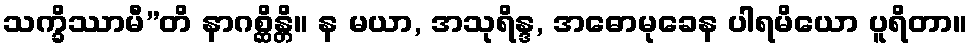
သက္ခိဿာမီ”တိ နာဂစ္ဆိန္တိ။ န မယာ, အသုရိန္ဒ, အဓောမုခေန ပါရမိယော ပူရိတာ။